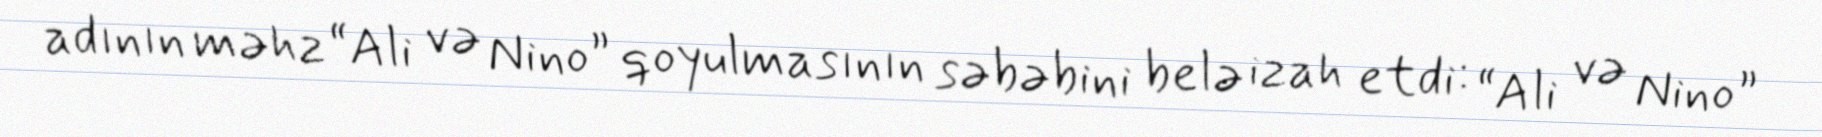
adının məhz “Ali və Nino” qoyulmasının səbəbini belə izah etdi: “Ali və Nino”